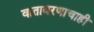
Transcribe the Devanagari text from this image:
वातावरणाचाही